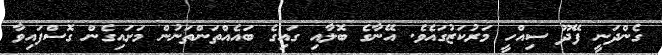
ގެންދަނީ ފޭދޫ ސިއްހީ މަރުކަޒުގައެވެ. އޭނާގެ ބޮލާއި ގައިގެ ބައެއްތަންތަނުން މަށައިގެން ގޮސްފައިވާ